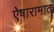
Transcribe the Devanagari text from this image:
ऐषारामात